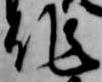
作